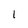
Character: l